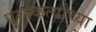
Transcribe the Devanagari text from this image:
पुरस्कर्त्यांच्या